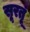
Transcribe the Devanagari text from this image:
सूरतूं